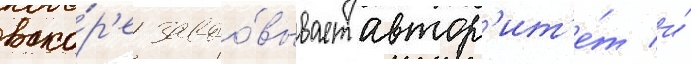
вско́р'е завоо́вывает автор'ит'е́т и́